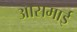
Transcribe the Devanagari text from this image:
आसमाई